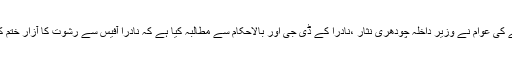
عملہ اپنی من مستیاں قائم کر کے بیٹھا ہے جن سے کوئی پوچھنے والا نہیں ہے علائقے کی عوام نے وزیر داخلہ چودھری نثار ،نادرا کے ڈی جی اور بالاحکام سے مطالبہ کیا ہے کہ نادرا آفیس سے رشوت کا آزار ختم کیا جائے اور عوام کو بلاوجہ پریشان کرنے والے عملے کے خلاف کاروائی کی جائے۔